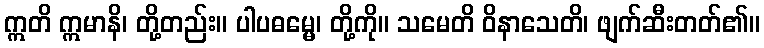
ဣတိ ဣမာနိ၊ တို့တည်း။ ပါပဓမ္မေ၊ တို့ကို။ သမေတိ ဝိနာသေတိ၊ ဖျက်ဆီးတတ်၏။